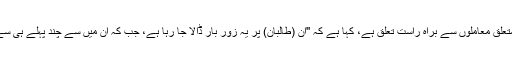
ایک اعلیٰ پاکستانی اہل کار جن کا افغان پالیسی سے متعلق معاملوں سے براہِ راست تعلق ہے، کہا ہے کہ ''اُن (طالبان) پر یہ زور بار ڈالا جا رہا ہے، جب کہ اِن میں سے چند پہلے ہی سے جا چکے ہیں، یا پھر ملک چھوڑ کر جا رہے ہیں''۔